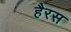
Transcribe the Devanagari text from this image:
हैरस